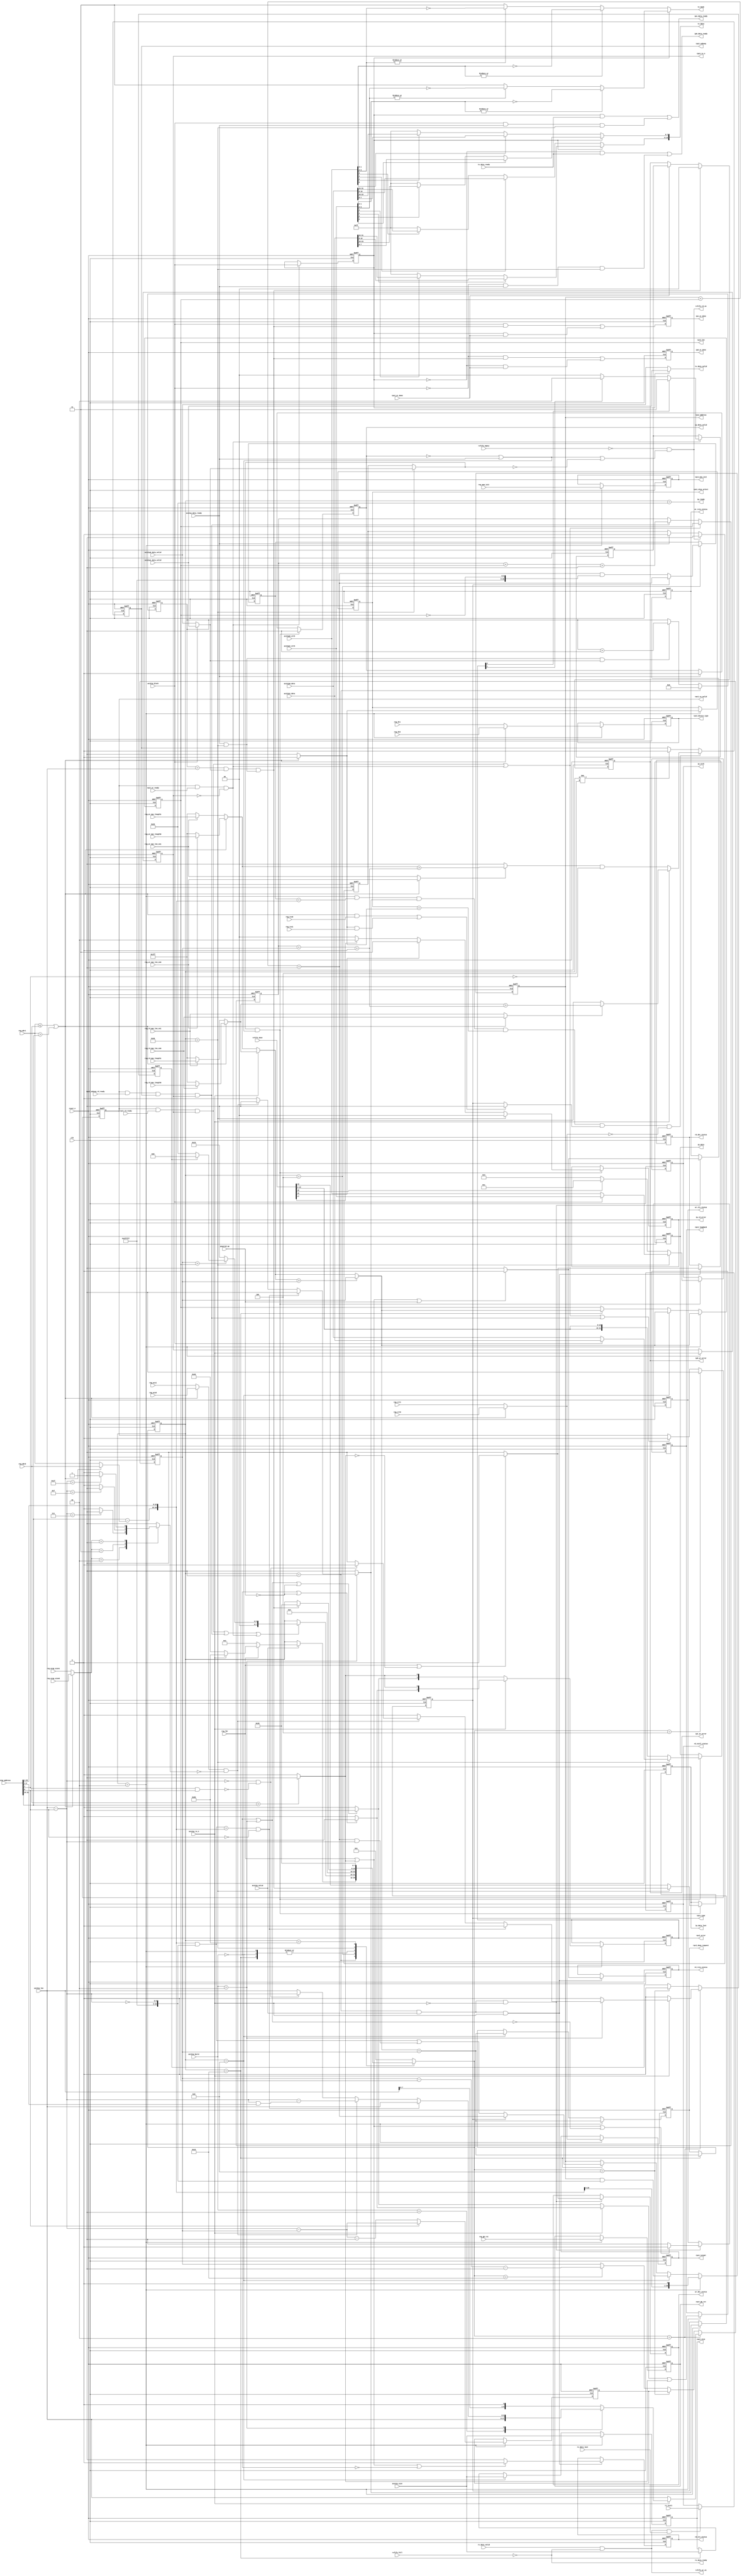
module rpc2_ctrl_control (
   // Outputs
   ip_ready, ip0_data_ready, ip1_data_ready, ip_data_valid, 
   ip_data_last, ip_strb, ip_data, ip_rd_error, ip0_wr_error, 
   ip0_wr_done, ip1_wr_error, ip1_wr_done, rpc2_rw_valid, rpc2_rw_n, 
   rpc2_subseq, rpc2_len, rpc2_address, 
   rpc2_size,
   rpc2_type, rpc2_chip_select, 
   rpc2_device_type, rpc2_gb_rst, rpc2_mem_init,
   rpc2_loopback, rpc2_error, rpc2_done_request, 
   rpc2_target, tx_data_valid, tx_data, tx_mask, rx_data_ready, 
   rxfifo_rd_en, rxfifo_wr_en, wr_rsto_status, wr_slv_status, 
   wr_dec_status, rd_stall_status, rd_rsto_status, rd_slv_status, 
   rd_dec_status, 
   // Inputs
   clk, reset_n, axi2ip_valid, axi2ip_block, axi2ip_rw_n, 
   axi2ip_address, axi2ip_burst, 
   axi2ip_size,   
   axi2ip_len, axi2ip0_strb, 
   axi2ip0_data, axi2ip0_data_valid, axi2ip1_strb, axi2ip1_data, 
   axi2ip1_data_valid, axi2ip_data_ready, rpc2_rd_ready, 
   rpc2_wr_ready, rpc2_subseq_rd_ready, rpc2_wr_done, reg_wrap_size0, 
   reg_wrap_size1, reg_acs0, reg_acs1, reg_mbr0, reg_mbr1, reg_tco0, 
   reg_tco1, reg_dt0, reg_gb_rst, reg_mem_init,
   reg_dt1, reg_lbr, reg_rd_max_length0, 
   reg_rd_max_length1, reg_rd_max_len_en0, reg_rd_max_len_en1, 
   reg_wr_max_length0, reg_wr_max_length1, reg_wr_max_len_en0, 
   reg_wr_max_len_en1, reg_crt0, reg_crt1, powered_up, tx_data_ready, 
   rx_data_valid, rx_data_last, rx_stall, rxfifo_empty, rxfifo_dout, 
   rxfifo_full
   );
   // Burst
   localparam FIXED = 2'b00;
   localparam INCR  = 2'b01;
   localparam WRAP  = 2'b10;
   
   // AXI Error
   localparam OKAY   = 2'b00;
   localparam SLVERR = 2'b10;
   localparam DECERR = 2'b11;
   
   // Wrap size
   localparam WRAP_SIZE_16B = 2'b10;
   localparam WRAP_SIZE_32B = 2'b11;
   localparam WRAP_SIZE_64B = 2'b01;

   // state
   localparam INIT     = 8'b0000_0001; //0x01
   localparam DEC      = 8'b0000_0010; //0x02
   localparam RDWR     = 8'b0000_0100; //0x04
   localparam EMU_DEC  = 8'b0000_1000; //0x08
   localparam SPLT_DEC = 8'b0001_0000; //0x10
   localparam DONE     = 8'b0010_0000; //0x20
   localparam LB_WR    = 8'b0100_0000; //0x40
   localparam LB_RD    = 8'b1000_0000; //0x80
   
   input clk;
   input reset_n;

   // AXI address
   output    ip_ready;
   input     axi2ip_valid;
   input     axi2ip_block;
   input     axi2ip_rw_n;
   input [31:0] axi2ip_address;
   input [1:0]  axi2ip_burst;
   
   input [1:0]  axi2ip_size;
   
   input [8:0]  axi2ip_len;
   
   // AXI write data 0
   output       ip0_data_ready;
   input [3:0]  axi2ip0_strb;
   input [31:0] axi2ip0_data;
   input        axi2ip0_data_valid;

   // AXI write data 1
   output       ip1_data_ready;
   input [3:0]  axi2ip1_strb;
   input [31:0] axi2ip1_data;
   input        axi2ip1_data_valid;
   
   // AXI read data
   output       ip_data_valid;
   output       ip_data_last;
   output [3:0] ip_strb;
   output [31:0] ip_data;
   output [1:0]  ip_rd_error;
   input         axi2ip_data_ready;

   // AXI write response 0
   output [1:0]  ip0_wr_error;
   output        ip0_wr_done;

   // AXI write response 1
   output [1:0]  ip1_wr_error;
   output        ip1_wr_done;
   
   // RPC2 CORE
   output        rpc2_rw_valid;
   output        rpc2_rw_n;
   output        rpc2_subseq;
   output [8:0]  rpc2_len;
   
   
   
   
   output [30:0] rpc2_address;
//   output [31:0] rpc2_address;   
   

   output [1:0]  rpc2_size;            
   
   output        rpc2_type;         // burst type 0:WRAP, 1:INCR 
   output        rpc2_chip_select;  // chip select
   output        rpc2_device_type;  // device type 0:FLASH, 1:PSRAM
   output        rpc2_gb_rst;
   output        rpc2_mem_init;   

   
   output        rpc2_loopback;     // dummy request
   output [1:0]  rpc2_error;        // return read data w/ error flag & retrive write data
   output        rpc2_done_request; // 1: rpc2_wr_done or rx_data_last occurs
   output        rpc2_target;
   
   input         rpc2_rd_ready;
   input         rpc2_wr_ready;
   input         rpc2_subseq_rd_ready;
//   input         rpc2_subseq_wr_ready;
   input         rpc2_wr_done;

   // REG
   input [1:0]   reg_wrap_size0;  // wrap size
   input [1:0]   reg_wrap_size1;
   input         reg_acs0;        // asymmetric cache support
   input         reg_acs1;
   input [7:0]   reg_mbr0;        // memory base register address[31:24]
   input [7:0]   reg_mbr1;
   input         reg_tco0;        // tc option
   input         reg_tco1;
   
   input         reg_dt0;         // device type
   input         reg_gb_rst;
   input         reg_mem_init;
   
   input         reg_dt1;
   input         reg_lbr;
   input [8:0]   reg_rd_max_length0;
   input [8:0]   reg_rd_max_length1;
   input         reg_rd_max_len_en0;
   input         reg_rd_max_len_en1;
   input [8:0]   reg_wr_max_length0;
   input [8:0]   reg_wr_max_length1;
   input         reg_wr_max_len_en0;
   input         reg_wr_max_len_en1;
   input         reg_crt0;        // configuration register target
   input         reg_crt1;
   
   input         powered_up;
   
   // TX
   input         tx_data_ready;
   output        tx_data_valid;
   output [15:0] tx_data;
   output [1:0]  tx_mask;

   // RX
   input         rx_data_valid;
   input         rx_data_last;
   input         rx_stall;
   output        rx_data_ready;
   
   // RXFIFO
   input         rxfifo_empty;
   input [19:0]  rxfifo_dout;    // [15:0] data, [16] error, [17] timeout, [18] address, [19] last
   input         rxfifo_full;
   output        rxfifo_rd_en;
   output        rxfifo_wr_en;
   
   // STATUS
   output        wr_rsto_status;
   output        wr_slv_status;  // protocol error for write
   output        wr_dec_status;
   output        rd_stall_status;
   output        rd_rsto_status;
   output        rd_slv_status;  // protocol error for read
   output        rd_dec_status;
   
   /*AUTOREG*/
   // Beginning of automatic regs (for this module's undeclared outputs)
   reg                  ip0_wr_done;
   reg [1:0]            ip0_wr_error;
   reg                  ip1_wr_done;
   
   
   reg [31:0]           ip_data;
   reg [31:0]           ip_data_high;
   reg [31:0]           ip_data_low;

   
   reg                  ip_data_last;
   reg                  ip_data_valid;
   reg [1:0]            ip_rd_error;
   reg [3:0]            ip_strb;
   reg                  rd_dec_status;
   reg                  rd_rsto_status;
   reg                  rd_slv_status;
   reg                  rd_stall_status;
   
   
   
   
   reg [30:0]           rpc2_address;
//   reg [31:0]           rpc2_address;  
   
   
   
   
   reg                  rpc2_chip_select;
   
   reg                  rpc2_device_type;
   reg                  rpc2_gb_rst;
   reg                  rpc2_mem_init;
   
   reg                  rpc2_done_request;
   reg [1:0]            rpc2_error;
   reg [8:0]            rpc2_len;
   reg                  rpc2_loopback;
   reg                  rpc2_rw_n;
   reg                  rpc2_rw_valid;
   reg                  rpc2_subseq;
   reg                  rpc2_target;
   
   reg [1:0]            rpc2_size;
   
   reg                  rpc2_type;
   reg [1:0]            tx_mask;
   reg                  wr_dec_status;
   reg                  wr_rsto_status;
   reg                  wr_slv_status;
   // End of automatics
   wire                 ip_ready;
   
   wire                 rd_vr;
   wire                 wr_vr;
   wire                 subseq_rd_vr;
`ifdef TC_WRITE
   wire                 subseq_wr_vr;
`endif
   wire [1:0]           wrap_size;
   reg                  wrap_size_match;
   wire [8:0]           wrap_len;
   wire                 asymmetric_cache;
   reg                  burst_type;
   reg [8:0]            burst_len;
   
   
   
  
   
   
   
   reg                  emu_wrap_burst;
   reg                  emu_wrap_mode;
   reg [8:0]            emu_2nd_len;

   reg [8:0]            next_length;
   reg [8:0]            length;
   
   
   
   
   reg [30:0]           next_address;
   wire [30:0]          wrap_boundary;
   wire [30:0]          pre_next_address;
   wire [30:0]          pre_next_wrap_address;
   wire [30:0]          address;


//   reg [31:0]           next_address;
//   wire [31:0]          wrap_boundary; 
//   wire [31:0]          pre_next_address;
//   wire [31:0]          pre_next_wrap_address;
//   wire [31:0]          address;

   
   wire                 cs;
   wire [7:0]           base_address;
   
   

   wire                 merge_cond;
   wire                 tc_rd_length_cond;
   wire                 tc_wr_length_cond;
   
   wire                 addr_range_error;
   wire                 rd_slave_error;
   wire                 wr_slave_error;
   
   reg [7:0]            state;
   reg [7:0]            next_state;
   reg                  rxfifo_data_valid;
   
   wire                 wdat_last;
   reg [8:0]            wdat_counter;
   wire                 lb_data_valid;
   wire [31:0]          lb_data;
   wire [3:0]           lb_strb;
   wire                 lb_data_ready;
   wire                 lb0_data_ready;
   wire                 lb1_data_ready;
   wire                 lb0_wr_done;
   wire                 lb1_wr_done;
   
   reg                  wr_block;
   reg [1:0]            wr_error;
   
   reg [7:0]            wdata_high;
   reg [7:0]            wdata_low;

   wire                 rd_protocol_error;
   wire                 wr_protocol_error;

   wire [8:0]           rd_max_len;
   wire [8:0]           wr_max_len;

   wire                 rd_max_len_en;
   wire                 wr_max_len_en;
   reg [8:0]            tc_length;

   wire                 mr_target;

   wire                 rxout_data_valid;
   wire                 rxout_data_ready;
   
   assign ip_ready = (state == DONE);

   //------------------------------------------------------
   // STATE
   //------------------------------------------------------
   // state
   always @(posedge clk or negedge reset_n) begin
      if (~reset_n)
        state <= INIT;
      else
        state <= next_state;
   end   
   
   // State transition
   always @(*) begin
      next_state = state;
      case (state)
        INIT: begin
           if (axi2ip_valid) begin
              if (reg_lbr)
                next_state = (axi2ip_rw_n) ? LB_RD: LB_WR;
              else
                next_state = DEC;
           end
        end
        DEC: begin
           next_state = RDWR;
        end
        RDWR: begin
`ifdef TC_WRITE
           if (rd_vr | subseq_rd_vr | wr_vr | subseq_wr_vr) begin
`else
           if (rd_vr | subseq_rd_vr | wr_vr) begin
`endif
              if (length==rpc2_len)
                next_state = (emu_wrap_mode) ? EMU_DEC: DONE;
              else
                next_state = SPLT_DEC;
           end
        end
        EMU_DEC: begin
           next_state = RDWR;
        end
        SPLT_DEC: begin
           next_state = RDWR;
        end
        LB_WR: begin
           if (wdat_last)
             next_state = DONE;
        end
        LB_RD: begin
           next_state = DONE;
        end
        default:
          next_state = INIT;
      endcase
   end

   ////////////////////////////////////////////
   // MEMORY
   ////////////////////////////////////////////
   assign rd_vr = rpc2_rw_valid & rpc2_rd_ready & rpc2_rw_n;
   assign wr_vr = rpc2_rw_valid & rpc2_wr_ready & (~rpc2_rw_n);
   assign subseq_rd_vr = rpc2_rw_valid & rpc2_subseq_rd_ready & rpc2_subseq & rpc2_rw_n;
`ifdef TC_WRITE
   assign subseq_wr_vr = rpc2_rw_valid & rpc2_subseq_wr_ready & rpc2_subseq & (~rpc2_rw_n);
`endif
   
   assign rd_protocol_error = (axi2ip_burst == FIXED);
   assign wr_protocol_error = (axi2ip_burst == FIXED) || (axi2ip_burst == WRAP);
   
   assign addr_range_error = (reg_mbr0 > axi2ip_address[31:24]) ? 1'b1: 1'b0; // out of address range
   assign rd_slave_error = (rd_protocol_error || ~powered_up) ? 1'b1: 1'b0; // not support
   assign wr_slave_error = (wr_protocol_error || ~powered_up) ? 1'b1: 1'b0; // not support
   
   //------------------------------------------------------
   // DECODE
   //------------------------------------------------------
   // chip select
   assign cs = ((reg_mbr1 <= reg_mbr0) || (reg_mbr1 > axi2ip_address[31:24])) ? 1'b0: 1'b1;
   
   
   
   // address 
   assign base_address = axi2ip_address[31:24]-((cs) ? reg_mbr1: reg_mbr0);
   
   
   
   assign address = {base_address[7:0], axi2ip_address[23:1]};
// assign address = {base_address[7:0], axi2ip_address[23:0]};  
   
   
   
   // conditon of tc
   assign merge_cond = (((~cs)&reg_tco0)|(cs&reg_tco1)) ? 1'b1: rpc2_type;
   assign tc_rd_length_cond = (rd_max_len_en) ? ({1'b0,rd_max_len} > (tc_length+length+10'h000)): 1'b1;
   assign tc_wr_length_cond = (wr_max_len_en) ? ({1'b0,wr_max_len} > (tc_length+length+10'h000)): 1'b1;
   
   assign wrap_size = (cs) ? reg_wrap_size1: reg_wrap_size0;
   
   
   
   assign wrap_boundary = address[30:0] & {{22{1'b1}}, ~wrap_len[8:0]};
//   assign wrap_boundary = address[31:0] & {{22{1'b1}}, ~wrap_len[8:0]};   
   
   
   
   
   
   
   assign asymmetric_cache = (cs) ? reg_acs1: reg_acs0;
   assign wrap_len = axi2ip_len[8:0] - axi2ip_address[0];
   assign pre_next_address = rpc2_address + rpc2_len + 1'b1;
   assign pre_next_wrap_address = wrap_boundary | (pre_next_address & {{22{1'b0}}, wrap_len[8:0]});
         
   assign rd_max_len_en = (cs) ? reg_rd_max_len_en1: reg_rd_max_len_en0;
   assign wr_max_len_en = (cs) ? reg_wr_max_len_en1: reg_wr_max_len_en0;
   assign rd_max_len = (cs) ? ((reg_rd_max_len_en1) ? reg_rd_max_length1: 9'h1FF): 
                              ((reg_rd_max_len_en0) ? reg_rd_max_length0: 9'h1FF);
   assign wr_max_len = (cs) ? ((reg_wr_max_len_en1) ? reg_wr_max_length1: 9'h1FF): 
                              ((reg_wr_max_len_en0) ? reg_wr_max_length0: 9'h1FF);
   assign mr_target = (cs) ? reg_crt1: reg_crt0;
   
   function [8:0] regulated_len;
      input [8:0] max_len;
      input [8:0] len;
      regulated_len = (max_len > len) ? len: max_len;
   endfunction
   
   // wrap size between reg and request
   always @(*) begin
      wrap_size_match = 1'b0;
      case (wrap_size)
        WRAP_SIZE_16B: begin
           if (wrap_len[8:0] == 9'h007)
             wrap_size_match = 1'b1;
        end
        WRAP_SIZE_32B: begin
           if (wrap_len[8:0] == 9'h00F)
             wrap_size_match = 1'b1;
        end
        WRAP_SIZE_64B: begin
           if (wrap_len[8:0] == 9'h01F)
             wrap_size_match = 1'b1;
        end
        default: begin
           wrap_size_match = 1'b1;
        end
      endcase
   end
   
   always @(*) begin
      case (axi2ip_burst)
        INCR: begin
           burst_type = 1'b1;
           burst_len = axi2ip_len[8:0];
           emu_wrap_burst = 1'b0;
        end
        WRAP: begin
           if ((wrap_boundary == address) && (~axi2ip_address[0])) begin
              burst_type = 1'b1;
              burst_len = axi2ip_len[8:0];
              emu_wrap_burst = 1'b0;
           end
           else if (asymmetric_cache && (~wrap_size_match)) begin
              burst_type = 1'b1;
              burst_len = wrap_len[8:0] - (wrap_len[8:0]&address[8:0]);
              emu_wrap_burst = ((wrap_len==9'h000)&(~(axi2ip_address[1]&axi2ip_address[0]))) ? 1'b0: 1'b1;
           end
           else begin
              burst_type = 1'b0;
              burst_len = ((wrap_len==9'h000)&(~(axi2ip_address[1]&axi2ip_address[0]))) ? wrap_len[8:0]: axi2ip_len[8:0];
              emu_wrap_burst = 1'b0;
           end
        end
        default: begin
           burst_type = 1'b1;
           burst_len = axi2ip_len[7:0]<<1;  // burst type is FIXED
           emu_wrap_burst = 1'b0;
        end
      endcase
   end

   // length 
   // size   
   always @(posedge clk or negedge reset_n) begin
      if (~reset_n) begin
         length <= 9'h000;
         
//         axi_size <= 2'b00; 
         
         emu_wrap_mode <= 1'b0;
      end
      else if (next_state == DEC) begin
         length <= (axi2ip_rw_n) ? burst_len[8:0]: axi2ip_len[8:0];
         
//         axi_size <= 2'b00; 
         
         emu_wrap_mode <= (axi2ip_rw_n) ? emu_wrap_burst: 1'b0;
      end
      else if (next_state == EMU_DEC) begin
         length <= emu_2nd_len;
         emu_wrap_mode <= 1'b0;
      end
      else if (next_state == SPLT_DEC) begin
         length <= next_length;
      end
   end

   // size




   
   always @(posedge clk or negedge reset_n) begin
      if (~reset_n) begin
         rpc2_rw_n <= 1'b0;
         rpc2_len <= 9'h000;
         
         
         
         rpc2_address <= 31'h00000000;
//         rpc2_address <= 32'h00000000;         
         
         
         rpc2_size <= 2'b00;  
         
         rpc2_type <= 1'b0;
         rpc2_chip_select <= 1'b0;
         
         rpc2_device_type <= 1'b0;
         rpc2_gb_rst <= 1'b0;
         rpc2_mem_init <= 1'b0;
         
         rpc2_loopback <= 1'b0;
         rpc2_error <= 2'b00;
         rpc2_done_request <= 1'b0;
         rpc2_target <= 1'b0;
      end
      else if (state == DEC) begin
         rpc2_rw_n <= axi2ip_rw_n;
         rpc2_len <= regulated_len(((axi2ip_rw_n) ? rd_max_len: wr_max_len), length);
         
         
         rpc2_address <= (address[30:0]<<1);         
//         rpc2_address <= address[30:0];         
//         rpc2_address <= address[31:0]; 
        
         rpc2_size <= axi2ip_size;  
         
         rpc2_type <= burst_type;
         
         rpc2_chip_select <= cs;
         rpc2_device_type <= (cs) ? reg_dt1: reg_dt0;
         rpc2_gb_rst <= reg_gb_rst;
         rpc2_mem_init <= reg_mem_init;
         
         rpc2_loopback <= ((axi2ip_rw_n) ? rd_slave_error: wr_slave_error) || addr_range_error;
         rpc2_error <= (axi2ip_rw_n) ? {rd_slave_error, addr_range_error}: {wr_slave_error, addr_range_error};
         rpc2_done_request <= (regulated_len(((axi2ip_rw_n) ? rd_max_len: wr_max_len), length)==length);
         rpc2_target <= mr_target;
      end
      else if (state == EMU_DEC) begin
         rpc2_len <= regulated_len(((axi2ip_rw_n) ? rd_max_len: wr_max_len), length);
         rpc2_size <= axi2ip_size; 
         
         rpc2_address <= rpc2_address & {{22{1'b1}}, ~wrap_len};
         rpc2_done_request <= (regulated_len(((axi2ip_rw_n) ? rd_max_len: wr_max_len), length)==length);
      end
      else if (state == SPLT_DEC) begin
         rpc2_len <= regulated_len(((axi2ip_rw_n) ? rd_max_len: wr_max_len), length);
         rpc2_size <= axi2ip_size; 
         
         rpc2_address <= (rpc2_type) ? pre_next_address: pre_next_wrap_address;
         rpc2_done_request <= (regulated_len(((axi2ip_rw_n) ? rd_max_len: wr_max_len), length)==length);
      end
   end

   // Emulated wrap len
   always @(posedge clk or negedge reset_n) begin
      if (~reset_n)
        emu_2nd_len <= 9'h000;
      else if (state == DEC)
        emu_2nd_len <= (axi2ip_address[0]) ? (wrap_len - length): (wrap_len - length) - 1'b1;
   end
   
   // Valid for RPC2
   always @(posedge clk or negedge reset_n) begin
      if (~reset_n)
        rpc2_rw_valid <= 1'b0;
      else if (next_state == RDWR)
        rpc2_rw_valid <= 1'b1;
`ifdef TC_WRITE
      else if (rd_vr | wr_vr | subseq_rd_vr | subseq_wr_vr)
`else
      else if (rd_vr | wr_vr | subseq_rd_vr)
`endif  
        rpc2_rw_valid <= 1'b0;
   end

   // Subsequent read/write
   always @(posedge clk or negedge reset_n) begin
      if (~reset_n)
        rpc2_subseq <= 1'b0;
      else if ((state == DEC) & (next_address==address) & burst_type & 
               (rpc2_chip_select==cs) & merge_cond & (~mr_target))
//        rpc2_subseq <= (axi2ip_rw_n) ? tc_rd_length_cond: 1'b0;  //TODO: write is not supporting tc
        rpc2_subseq <= (axi2ip_rw_n) ? tc_rd_length_cond: tc_wr_length_cond&(~address[0]);
      else if (state != RDWR)
        rpc2_subseq <= 1'b0;
   end

   // Reserved next address
   always @(posedge clk or negedge reset_n) begin
      if (~reset_n)
        next_address <= 31'h00000000;
      else if (state == RDWR)
        next_address <= (rpc2_type) ? pre_next_address: pre_next_address & {{22{1'b1}}, ~rpc2_len[8:0]};
   end

   always @(*) next_length = (length - rpc2_len) - 1'b1;
/*   always @(posedge clk or negedge reset_n) begin   // for timing
      if (~reset_n)
        next_length <= 9'h000;
      else if (state == RDWR)
        next_length <= length - rpc2_len - 1'b1;
   end
*/
   
   // length of true continuous
   always @(posedge clk or negedge reset_n) begin
      if (~reset_n)
        tc_length <= 9'h000;
      else if (rd_vr | wr_vr)
        tc_length <= rpc2_len[8:0];
`ifdef TC_WRITE
      else if (subseq_rd_vr | subseq_wr_vr)
`else
      else if (subseq_rd_vr)
`endif
        tc_length <= tc_length + rpc2_len + 1'b1;
   end
   
   // for write response
   always @(posedge clk or negedge reset_n) begin
      if (~reset_n) begin
         wr_block <= 1'b0;
         wr_error <= OKAY;
      end
`ifdef TC_WRITE
      else if (wr_vr | subseq_wr_vr) begin
`else
      else if (wr_vr) begin
`endif
         wr_block <= axi2ip_block;
         wr_error <= rpc2_error[0] ? DECERR:
                     rpc2_error[1] ? SLVERR: OKAY;
      end
   end

   //------------------------------------------------------
   // WRITE RESP
   //------------------------------------------------------
   assign ip1_wr_error = ip0_wr_error;

   // ip0_wr_error
   always @(posedge clk or negedge reset_n) begin
      if (~reset_n)
        ip0_wr_error <= OKAY;
      else if (wdat_last)
        ip0_wr_error <= OKAY;
      else if (rpc2_wr_done)
        ip0_wr_error <= wr_error;
   end
   
   // ip0_wr_done
   always @(posedge clk or negedge reset_n) begin
      if (~reset_n)
        ip0_wr_done <= 1'b0;
      else
        ip0_wr_done <= lb0_wr_done || ((~wr_block)&rpc2_wr_done);
   end
   
   // ip1_wr_done
   always @(posedge clk or negedge reset_n) begin
      if (~reset_n)
        ip1_wr_done <= 1'b0;
      else
        ip1_wr_done <= lb1_wr_done || (wr_block&rpc2_wr_done);
   end
   
   //------------------------------------------------------
   // TX
   //------------------------------------------------------
   assign ip0_data_ready = ((~wr_block) & tx_data_ready) | lb0_data_ready;
   assign ip1_data_ready = (wr_block & tx_data_ready) | lb1_data_ready;

   // Write data
   assign tx_data = {wdata_high[7:0], wdata_low[7:0]};
   

   assign tx_data_valid = (wr_block) ? axi2ip1_data_valid: axi2ip0_data_valid;









   // [7:0]
   always @(*) begin
      if (wr_block) begin
         if (axi2ip1_strb[0])
           wdata_low[7:0] = axi2ip1_data[7:0];
//           wdata_low[7:0] = axi2ip1_data[23:16];  //  32bit data [31:16]wdata_high + [15:0]wdata_low  swap           
         else if (axi2ip1_strb[2])
           wdata_low[7:0] = axi2ip1_data[23:16];
//           wdata_low[7:0] = axi2ip1_data[7:0];  //  32bit data [31:16]wdata_high + [15:0]wdata_low  swap            
         else
           wdata_low[7:0] = 8'hFF;
      end
      else begin
         if (axi2ip0_strb[0])
           wdata_low[7:0] = axi2ip0_data[7:0];  
//           wdata_low[7:0] = axi2ip0_data[23:16];  //  32bit data [31:16]wdata_high + [15:0]wdata_low  swap      
         else if (axi2ip0_strb[2])
           wdata_low[7:0] = axi2ip0_data[23:16];
//           wdata_low[7:0] = axi2ip0_data[7:0];  //  32bit data [31:16]wdata_high + [15:0]wdata_low  swap            
         else
           wdata_low[7:0] = 8'hFF;
      end
   end

   // [15:8]
   always @(*) begin
      if (wr_block) begin
         if (axi2ip1_strb[1])
           wdata_high[7:0] = axi2ip1_data[15:8];
//           wdata_high[7:0] = axi2ip1_data[31:24];  //  32bit data [31:16]wdata_high + [15:0]wdata_low  swap            
         else if (axi2ip1_strb[3])
           wdata_high[7:0] = axi2ip1_data[31:24];
//           wdata_high[7:0] = axi2ip1_data[15:8];  //  32bit data [31:16]wdata_high + [15:0]wdata_low  swap            
         else
           wdata_high[7:0] = 8'hFF;
      end
      else begin
         if (axi2ip0_strb[1])
           wdata_high[7:0] = axi2ip0_data[15:8];
//           wdata_high[7:0] = axi2ip0_data[31:24];  //  32bit data [31:16]wdata_high + [15:0]wdata_low  swap            
         else if (axi2ip0_strb[3])
           wdata_high[7:0] = axi2ip0_data[31:24];
//           wdata_high[7:0] = axi2ip0_data[15:8];  //  32bit data [31:16]wdata_high + [15:0]wdata_low  swap            
         else
           wdata_high[7:0] = 8'hFF;
      end      
   end







   always @(*) begin
      if (wr_block) begin
         if (|axi2ip1_strb[1:0])
           tx_mask[1:0] = ~axi2ip1_strb[1:0];
         else if (|axi2ip1_strb[3:2])
           tx_mask[1:0] = ~axi2ip1_strb[3:2];
         else
           tx_mask[1:0] = 2'b11;
      end
      else begin
         if (|axi2ip0_strb[1:0])
           tx_mask[1:0] = ~axi2ip0_strb[1:0];
//           tx_mask[0:1] = ~axi2ip0_strb[1:0];
           
         else if (|axi2ip0_strb[3:2])
           tx_mask[1:0] = ~axi2ip0_strb[3:2];
//           tx_mask[0:1] = ~axi2ip0_strb[3:2];          
         else
           tx_mask[1:0] = 2'b11;
      end
   end

   //------------------------------------------------------
   // RX
   //------------------------------------------------------
   assign rx_data_ready = ~rxfifo_full;
   assign rxfifo_wr_en = rx_data_valid & rx_data_ready;
   assign rxfifo_rd_en = (~rxfifo_empty) & (rxout_data_ready | (~rxout_data_valid));
   
   assign rxout_data_valid = (state == LB_WR) ? lb_data_valid: rxfifo_data_valid;
   assign rxout_data_ready = (~ip_data_valid) | axi2ip_data_ready;
   
   // rxfifo_data_valid
   always @(posedge clk or negedge reset_n) begin
      if (~reset_n)
        rxfifo_data_valid <= 1'b0;
      else if (rxfifo_rd_en)
        rxfifo_data_valid <= 1'b1;
      else if (axi2ip_data_ready)
        rxfifo_data_valid <= 1'b0;
   end   

   /////
   
   always @(posedge clk or negedge reset_n) begin
      if (~reset_n)
        ip_data_valid <= 1'b0;
      else if (rxout_data_valid & rxout_data_ready)
        ip_data_valid <= 1'b1;
      else if (axi2ip_data_ready)
        ip_data_valid <= 1'b0;
   end

   always @(posedge clk or negedge reset_n) begin
      if (~reset_n) begin
         ip_data <= {32{1'b0}};
         ip_strb <= {4{1'b0}};
         ip_rd_error <= OKAY;
         ip_data_last <= 1'b0;
      end
      else if (rxout_data_valid & rxout_data_ready) begin
         ip_data_last <= (state == LB_WR) ? wdat_last: rxfifo_dout[19];
         ip_data <= (state == LB_WR) ? lb_data: {rxfifo_dout[15:0], rxfifo_dout[15:0]};
         
         ip_data_high <= ip_data;
         ip_data_low <= ip_data_high;
         
         ip_strb <= (state == LB_WR) ? lb_strb: (rxfifo_dout[18]) ? 4'b1100: 4'b0011;
//         ip_strb <= (state == LB_WR) ? lb_strb: (rxfifo_dout[18]) ? 4'b1100: 4'b1111;         
         ip_rd_error <= (state == LB_WR) ? OKAY:
                        (rxfifo_dout[16]) ? DECERR:
                        (rxfifo_dout[17]) ? SLVERR: OKAY;
      end
   end
   
   //------------------------------------------------------
   // STATUS
   //------------------------------------------------------
   // write
   always @(posedge clk or negedge reset_n) begin
      if (~reset_n) begin
         wr_rsto_status <= 1'b0;
         wr_slv_status  <= 1'b0;
         wr_dec_status  <= 1'b0;
      end
      else if ((state==INIT) & axi2ip_valid & (~axi2ip_rw_n)) begin
         wr_rsto_status <= (reg_lbr || addr_range_error || powered_up) ? 1'b0: 1'b1;
         wr_slv_status  <= (reg_lbr || addr_range_error || (~wr_protocol_error)) ? 1'b0: 1'b1;
         wr_dec_status  <= (reg_lbr || (~addr_range_error)) ? 1'b0: 1'b1;
      end
   end

   // read
   always @(posedge clk or negedge reset_n) begin
      if (~reset_n) begin
         rd_rsto_status  <= 1'b0;
         rd_slv_status   <= 1'b0;
         rd_dec_status   <= 1'b0;
      end
      else if ((state==INIT) & axi2ip_valid & axi2ip_rw_n) begin
         rd_rsto_status <= (reg_lbr || addr_range_error || powered_up) ? 1'b0: 1'b1;
         rd_slv_status  <= (reg_lbr || addr_range_error || (~rd_protocol_error)) ? 1'b0: 1'b1;
         rd_dec_status  <= (reg_lbr || (~addr_range_error)) ? 1'b0: 1'b1;
      end
   end

   always @(posedge clk or negedge reset_n) begin
      if (~reset_n)
        rd_stall_status <= 1'b0;
      else if (rx_data_valid & rx_data_ready & rx_data_last)
        rd_stall_status <= rx_stall;
   end

   /////////////////////////////////////////////////////
   // LOOPBACK - read data from axi wr data channel to
   //            write its data to axi rd data channel
   /////////////////////////////////////////////////////
   assign wdat_last = (wdat_counter == axi2ip_len[8:0]) & lb_data_valid & lb_data_ready;

   assign lb_data_valid = (axi2ip_block) ? axi2ip1_data_valid: axi2ip0_data_valid;
   assign lb_data = (axi2ip_block) ? axi2ip1_data[31:0]: axi2ip0_data[31:0];
   assign lb_strb = (axi2ip_block) ? axi2ip1_strb[3:0]: axi2ip0_strb[3:0];
   assign lb_data_ready = axi2ip_data_ready & (state == LB_WR);
   assign lb0_data_ready = (~axi2ip_block) & axi2ip_data_ready & (state == LB_WR);
   assign lb1_data_ready = axi2ip_block & axi2ip_data_ready & (state == LB_WR);

   assign lb0_wr_done = (~axi2ip_block) & wdat_last;
   assign lb1_wr_done = axi2ip_block & wdat_last;

    // wdat counter
   always @(posedge clk or negedge reset_n) begin
      if (~reset_n)
        wdat_counter <= 9'h000;
      else if (state == INIT)
        wdat_counter <= 9'h000;
      else if (lb_data_ready && lb_data_valid)
        wdat_counter <= wdat_counter + 1'b1;
   end

endmodule